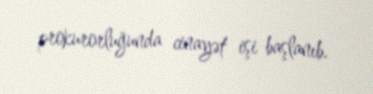
prokurorluğunda cinayət işi başlanıb.